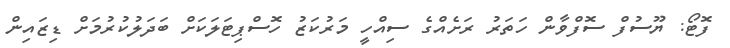
ފޮޓޯ: ޔޫސުފް ސޮފްވާން ހަތަރު ރަށެއްގެ ސިއްހީ މަރުކަޒު ހޮސްޕިޓަލަކަށް ބަދަލުކުރުމަށް ޑިޒައިން